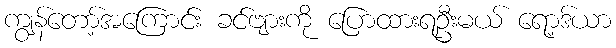
ကျွန်တော့်အကြောင်း ခင်ဗျားကို ပြောထားရဦးမယ် ရော့ဒ်ယာ